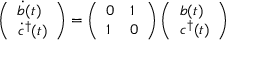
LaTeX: \left( \begin{array} { l } { { \dot { b } ( t ) } } \\ { { \dot { c } ^ { \dagger } ( t ) } } \end{array} \right) = \left( \begin{array} { l l } { { 0 } } & { { 1 } } \\ { { 1 } } & { { 0 } } \end{array} \right) \left( \begin{array} { l } { { b ( t ) } } \\ { { c ^ { \dagger } ( t ) } } \end{array} \right)